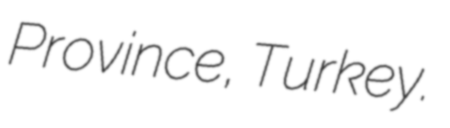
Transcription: Province, Turkey.